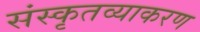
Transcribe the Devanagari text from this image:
संस्कृतव्याकरण